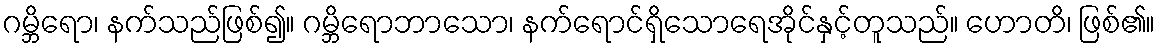
ဂမ္ဘိရော၊ နက်သည်ဖြစ်၍။ ဂမ္ဘိရောဘာသော၊ နက်ရောင်ရှိသောရေအိုင်နှင့်တူသည်။ ဟောတိ၊ ဖြစ်၏။